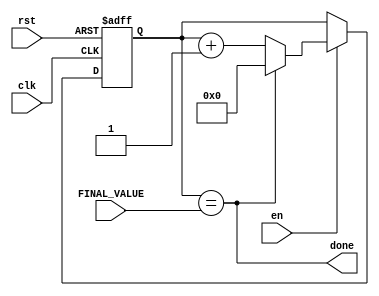
`timescale 1ns / 1ps

module timer_input #(parameter BITS = 4)(
    input clk,
    input rst,
    input en,
    input [BITS - 1:0] FINAL_VALUE,
    output done
    );
    
reg [BITS - 1:0] Q_reg, Q_next;

always @ (posedge clk, posedge rst)
begin
    if (rst)
        Q_reg <= 'b0;
    else if(en)
        Q_reg <= Q_next;
    else
        Q_reg <= Q_reg;
end    

assign done = Q_reg == FINAL_VALUE;

always @(clk or en or rst)
    Q_next = done? 'b0: Q_reg + 1;
      
    
endmodule